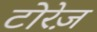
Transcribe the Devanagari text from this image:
टोरेज़